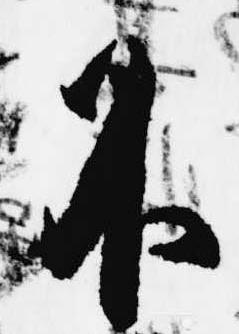
不